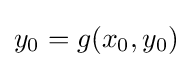
y_{0}=g(x_{0},y_{0})